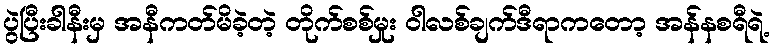
ပွဲပြီးခါနီးမှ အနီကတ်မိခဲ့တဲ့ တိုက်စစ်မှုး ဝါလစ်ချက်ဒီရာကတော့ အန်နစရီရဲ့